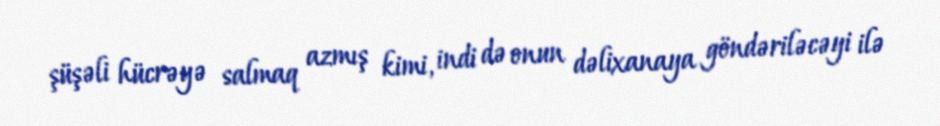
şüşəli hücrəyə salmaq azmış kimi, indi də onun dəlixanaya göndəriləcəyi ilə